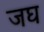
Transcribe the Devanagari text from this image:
जघ